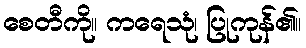
စေတီကို။ ကရေသုံ၊ ပြုကုန်၏။